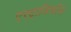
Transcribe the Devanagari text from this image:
एस्ट्राडियॉल